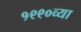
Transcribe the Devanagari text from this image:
१९९०व्या